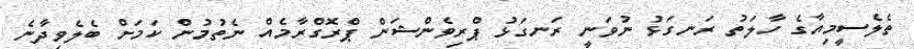
ތެލެސީމިއާގެ ހާލަތު ރަނގަޅު ނުވަނީ ރަނގަޅު ޕްރިވެންޝަން ޕްރޮގްރާމެއް ނެތުމުން ކަމަށް ބެލެވިދާނެ